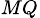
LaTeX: _{MQ}